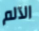
الآلم